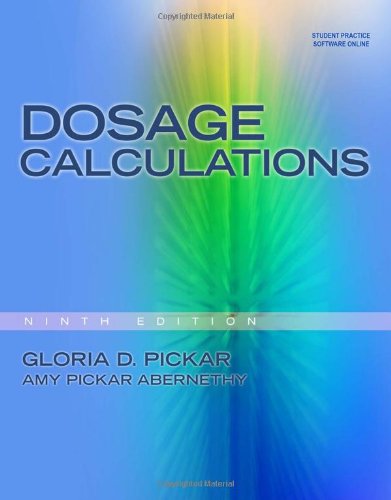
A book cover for Dosage Calculations, 9th edition; Gloria D. Pickar; Medical Books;